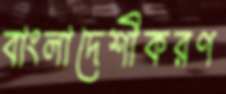
বাংলাদেশীকরণ